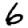
Digit: 6